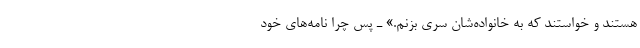
هستند و خواستند که به خانواده‌شان سری بزنم.» ـ پس چرا نامه‌های خود